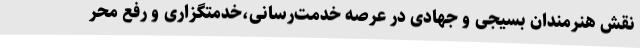
نقش هنرمندان بسیجی و جهادی در عرصه خدمت‌رسانی،خدمتگزاری و رفع محر